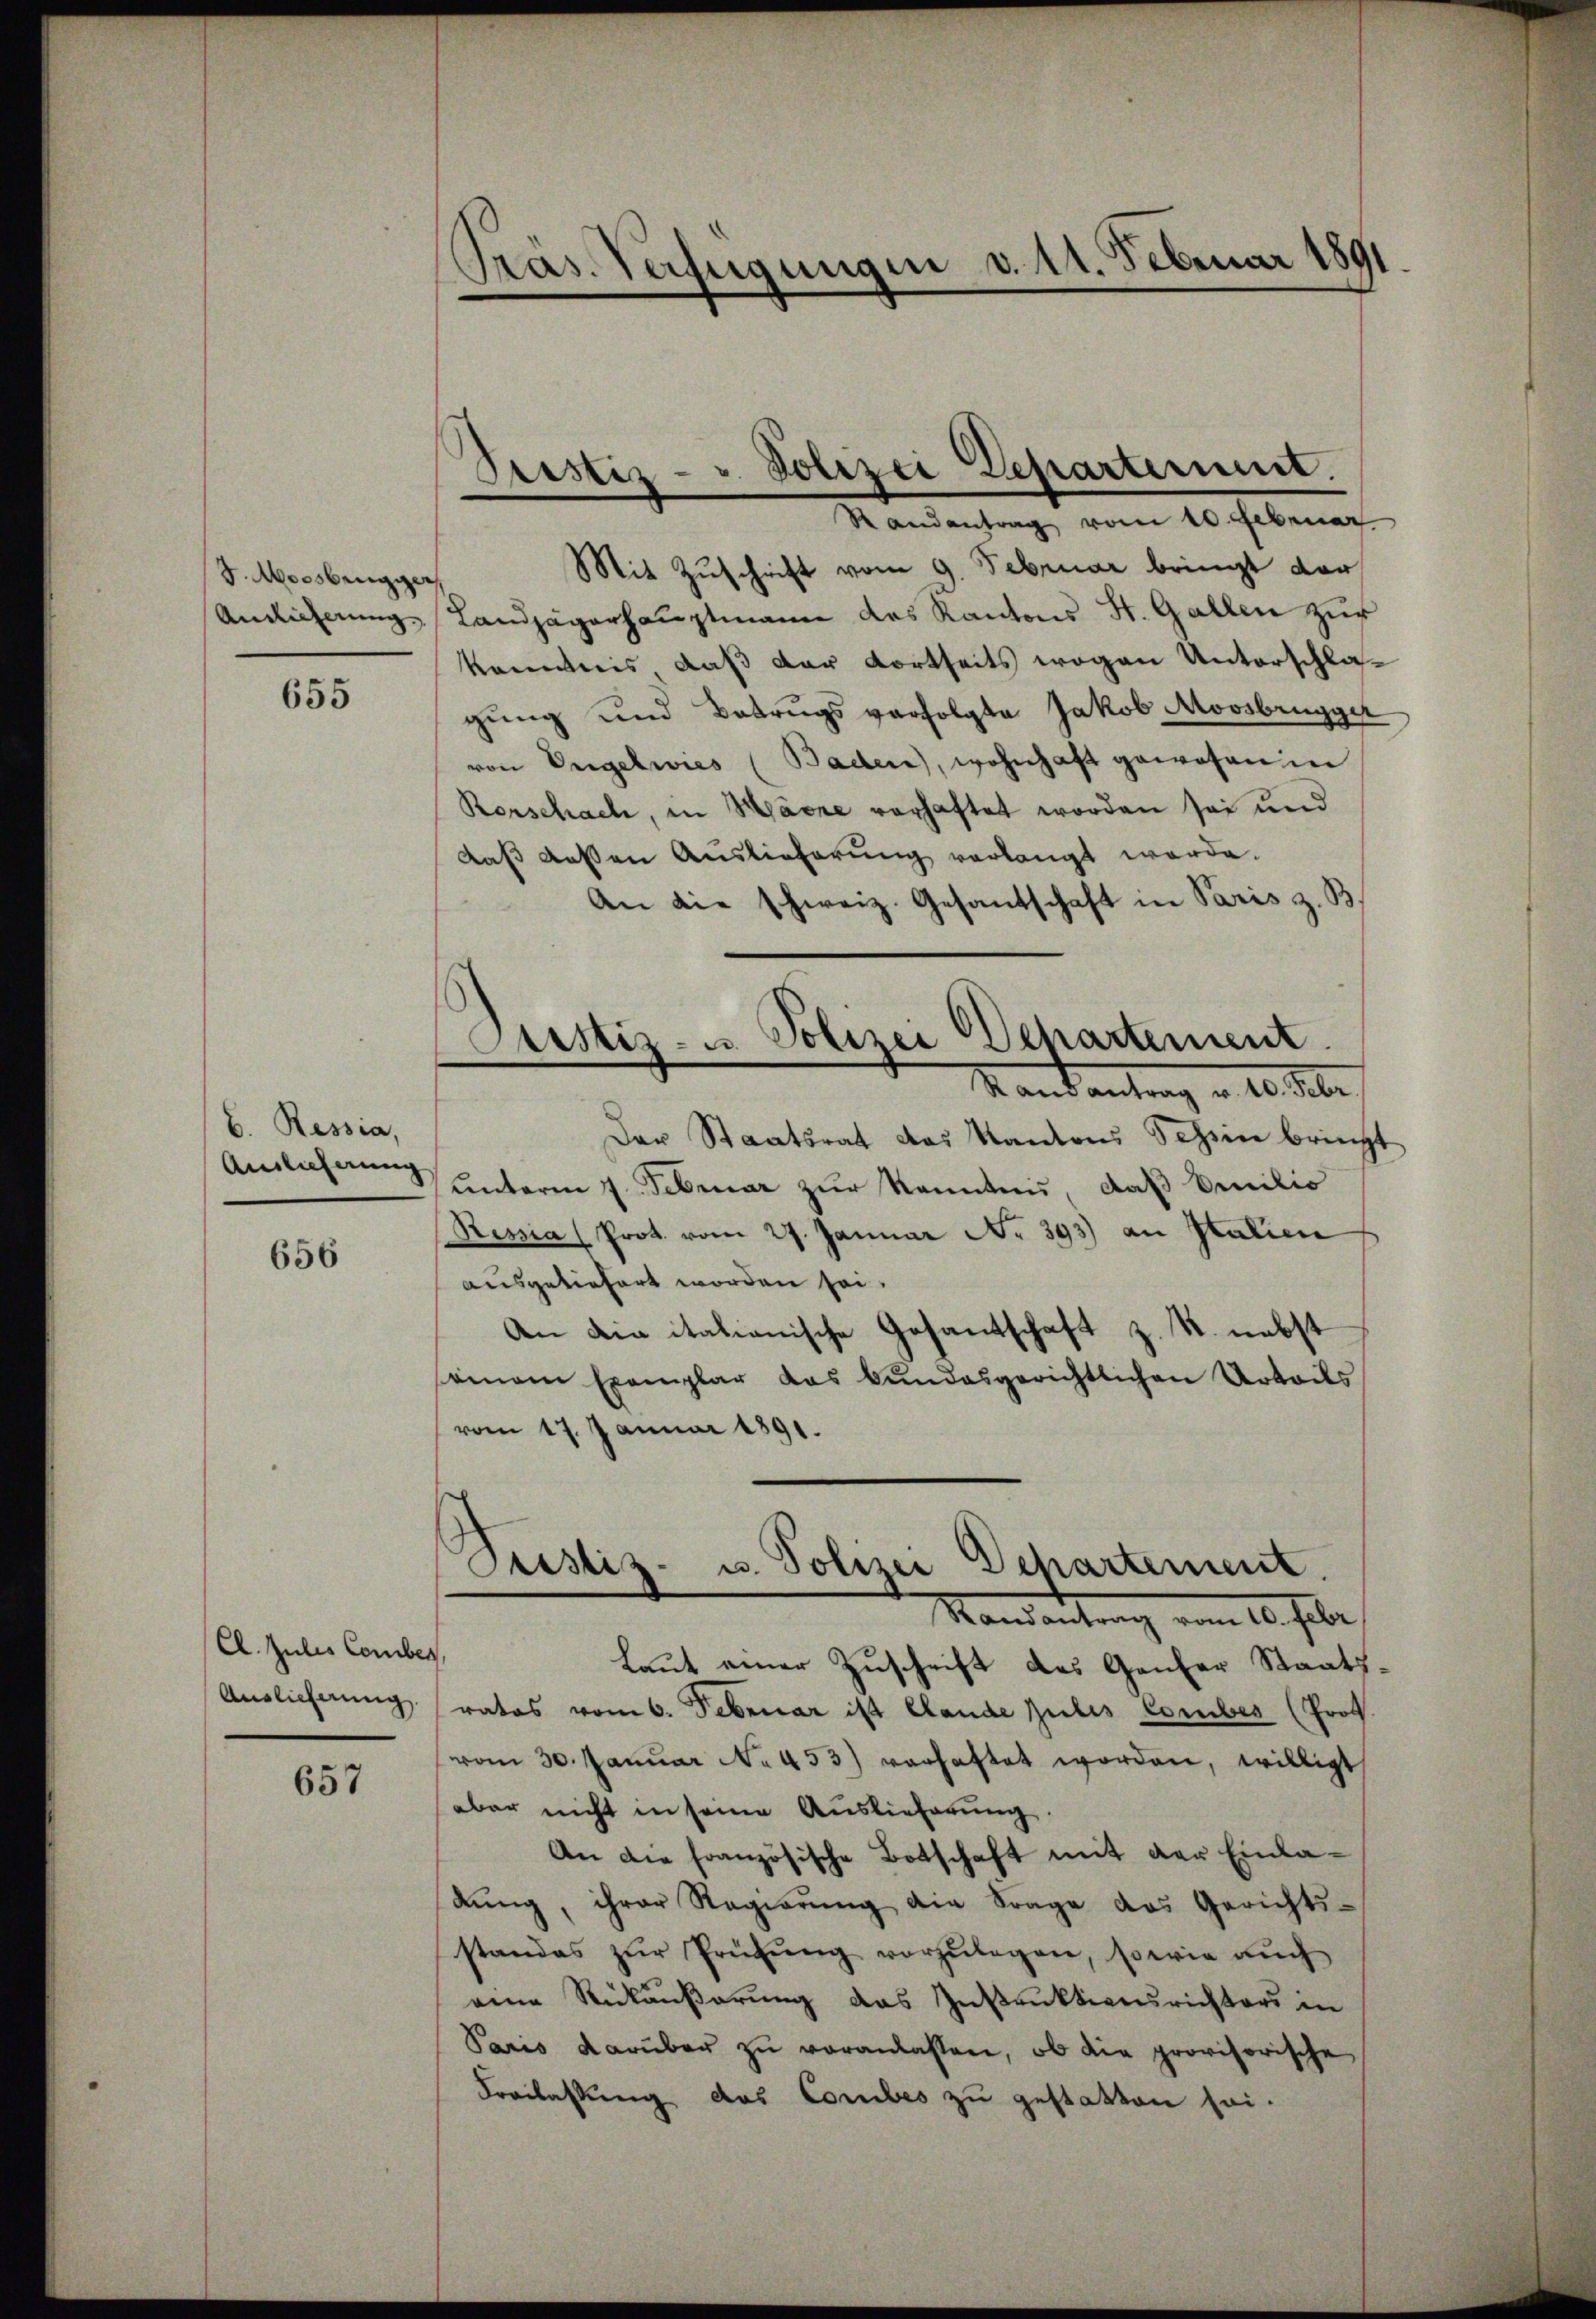
J. Moosbrugge
Antlicherung

655

b. Ressia,
Auslieferung

656

Cl. Julis Comber
Auslicherung

657

Präs. Verfügungen v. 11. Februar 1891.

Pustiz- u. Polizei Departement.
e
Randantrag vom 10. Februar

Mit Zuschrift vom 9. Februar bringt dar
Landjägerhauptmann das Kantons St. Gallen zur
konntnis, daß der dortseits wegen Unterschlagung und Betrugs verfolgte Jakob Moosbrugger
von Engelwies (Baden), wohnhaft gewesen in
Rorschach, in Manne vorhaftet worden sei und
daß dessen Auslieferung verlangt werde.
An die schweiz. Gesandschaft in Paris z. B.
Pustiz- u. Polizei Departement
d
Stand antrag u. 10. Febr.
Der Staatsrat das Kantons Schin bringt
unterm 7. Februar zur Kenntnis, daß Emilio
Ressia (Prot. vom 27. Januar No. 393) an Italien
ausgeliefert worden sei.
An die italienische Gesantschaft z. R. nebst
einem Exemplar das bundesgerichtlichen Urteils
vom 17. Januar 1891.

Justiz- u. Polizei Departement.
Mandantrag vom 10. Febr.

Laut einer Zuschrift des Genfer Staatsratos vom 6. Februar ist Clande Julis Corbes (Prof.
vom 30. Januar No. 453) verhaftet worden, willigt
aber nicht in seine Auslieferung.
An die französische Botschaft mit der Einladŭng, ihrer Regierŭng die Frage das Gerichts-
standes zŭr Prüfŭng vorzŭlegen, sowie auch
eine Rückäußerung das Instruktionsrichters in
Paris darüber zŭ veranlassen, ob die provisorische
Freilassung das Corbes zu gestatten sei.